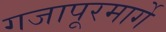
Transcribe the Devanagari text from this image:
गजापूरमार्गे